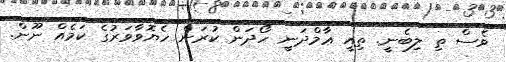
ވެސް ތި ލިބެނީ. ތިއީ ޢާމްދަނީ ހޯދަން ކުރަން ހެޔޮވާވަރުގެ ކަމެއް ނޫން.